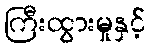
ကြီးထွားမှုနှင့်